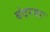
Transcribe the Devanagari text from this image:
बंदरगाः